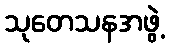
သုတေသနအဖွဲ့